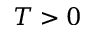
T > 0